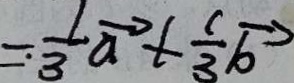
= \cdot \frac { 1 } { 3 } \overrightarrow { a } + \frac { 1 } { 3 } \overrightarrow { b }